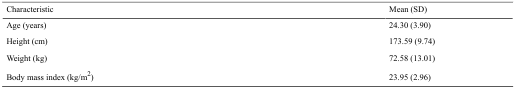
| Characteristic | Mean (SD) |
 | --- | --- |
 | Age (years) | 24.30 (3.90) |
 | Height (cm) | 173.59 (9.74) |
 | Weight (kg) | 72.58 (13.01) |
 | Body mass index (kg/m2) | 23.95 (2.96) |